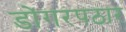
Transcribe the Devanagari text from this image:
डोंगरपठार